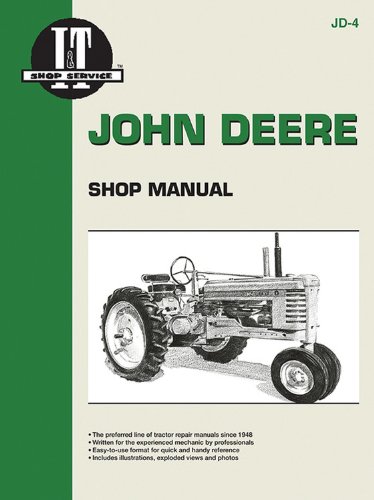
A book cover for John Deere Shop Manual: Series A, B, G, H, Models D, M; Inc. Haynes Manuals; Science & Math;